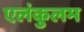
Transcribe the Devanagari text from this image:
एलंकुलम